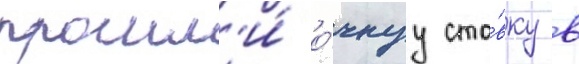
прошл'и́ о́чнуу ста́вку в